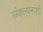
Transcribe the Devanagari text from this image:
संकल्पनाशी